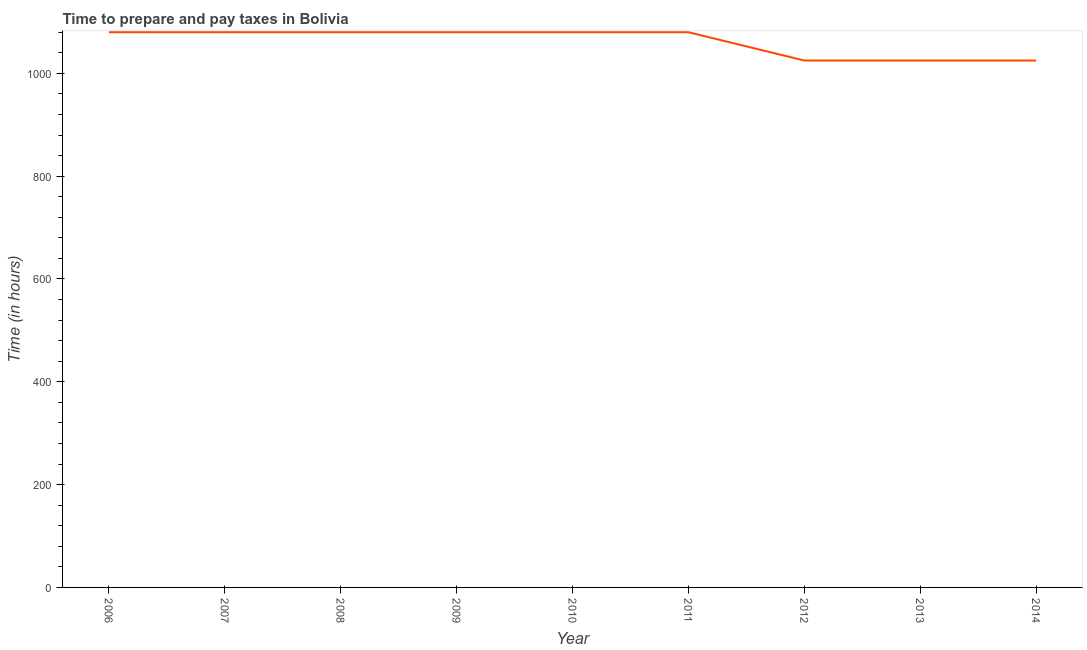
| Year | Time to prepare and pay taxes |
 | --- | --- |
 | 2006 | 1.08e+03 |
 | 2007 | 1.08e+03 |
 | 2008 | 1.08e+03 |
 | 2009 | 1.08e+03 |
 | 2010 | 1.08e+03 |
 | 2011 | 1.08e+03 |
 | 2012 | 1.02e+03 |
 | 2013 | 1.02e+03 |
 | 2014 | 1.02e+03 |